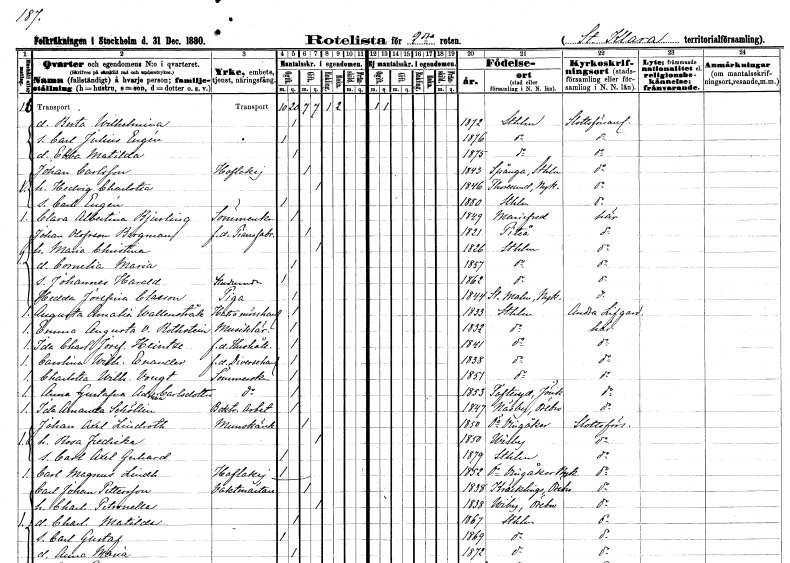
gt_parse: households: individuals: FN: Berta Wilhelmina
KON: K
CIV: O
FODAR: 1872
FODFORS: Stockholm
FN: Carl Julius Eugén
KON: M
CIV: O
FODAR: 1876
FODFORS: Stockholm
FN: Ebba Matilda
KON: K
CIV: O
FODAR: 1875
FODFORS: Stockholm
FN: Johan
EN: Carlsson
YRKE: Hovlakej
KON: M
CIV: G
FODAR: 1843
FODFORS: Spånga Stockholms län
FN: Hedvig Charlotta
KON: K
CIV: G
FODAR: 1846
FODFORS: Toresund Södermanlands län
FN: Carl Eugén
KON: M
CIV: O
FODAR: 1880
FODFORS: Stockholm
FN: Clara Albertina
EN: Bjurling
YRKE: Sömmerska
KON: K
CIV: O
FODAR: 1849
FODFORS: Mariefred Södermanlands län
FN: Johan
EN: Olofsson Bergman
YRKE: Pianofabrikör f.d.
KON: M
CIV: G
FODAR: 1821
FODFORS: Piteå Norrbottens län
FN: Maria Christina
KON: K
CIV: G
FODAR: 1826
FODFORS: Stockholm
FN: Cornelia Maria
KON: K
CIV: O
FODAR: 1857
FODFORS: Stockholm
FN: Johannes Harald
YRKE: Studerande
KON: M
CIV: O
FODAR: 1862
FODFORS: Stockholm
FN: Hedda Josefina
EN: Classon
YRKE: Piga
KON: K
CIV: O
FODAR: 1844
FODFORS: Stora Malm Södermanlands län
FN: Augusta Amalia
EN: Wallenstråle
YRKE: Hatt- och mösshandlerska
KON: K
CIV: O
FODAR: 1833
FODFORS: Stockholm
FN: Emma Augusta
EN: von Rothstein
YRKE: Musiklärarinna
KON: K
CIV: O
FODAR: 1832
FODFORS: Stockholm
FN: Ida Charlotta Josefina
EN: Heintze
YRKE: Hushållerska f.d.
KON: K
CIV: O
FODAR: 1841
FODFORS: Stockholm
FN: Carolina Wilhelmina
EN: Enander
YRKE: Diversehandlerska
KON: K
CIV: O
FODAR: 1838
FODFORS: Stockholm
FN: Charlotta Wilhelmina
EN: Vougt
YRKE: Sömmerska
KON: K
CIV: O
FODAR: 1851
FODFORS: Stockholm
FN: Anna Gustafva Adolina
EN: Carlsdotter
YRKE: Sömmerska
KON: K
CIV: O
FODAR: 1853
FODFORS: Tofteryd Jönköpings län
FN: Ida Amanda
EN: Schöllin
YRKE: Boktryckeriarbeterska
KON: K
CIV: O
FODAR: 1847
FODFORS: Näsby Örebro län
FN: Johan Axel
EN: Lindroth
YRKE: Munskänk
KON: M
CIV: G
FODAR: 1850
FODFORS: Östra Vingåker Södermanlands län
FN: Rosa Fredrika
KON: K
CIV: G
FODAR: 1850
FODFORS: Visby Gotlands län
FN: Carl Axel Gerhard
KON: M
CIV: O
FODAR: 1879
FODFORS: Stockholm
FN: Carl Magnus
EN: Lindh
YRKE: Hovlakej
KON: M
CIV: O
FODAR: 1852
FODFORS: Östra Vingåker Södermanlands län